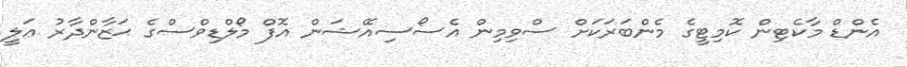
އެންޑް މާކެޓިން ކޮމިޓީގެ މެންބަރަކަށް ސްވިމިން އެސޯސިއޭޝަން އޮފް މޯލްޑިވްސްގެ ޙަޒާންދާރު ޢަލީ